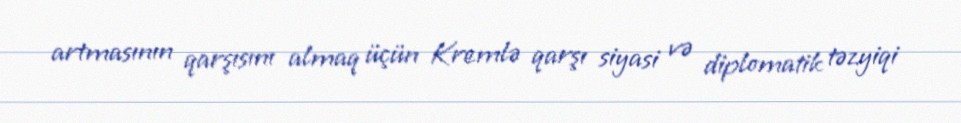
artmasının qarşısını almaq üçün Kremlə qarşı siyasi və diplomatik təzyiqi